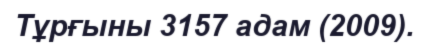
Тұрғыны 3157 адам (2009).